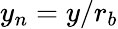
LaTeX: y_{n}=y/r_{b}